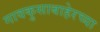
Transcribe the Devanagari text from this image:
गावकुसाबाहेरच्या